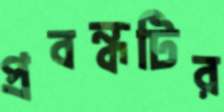
প্রবন্ধটির